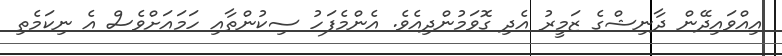
އިއްވައިދޭން ދާނިޝްގެ ޒަމީރު އެދި ގޮވަމުންދިއެވެ. އެންމެފަހު ސިކުންތާއި ހަމައަށްވެސް އެ ނިކަމެތި